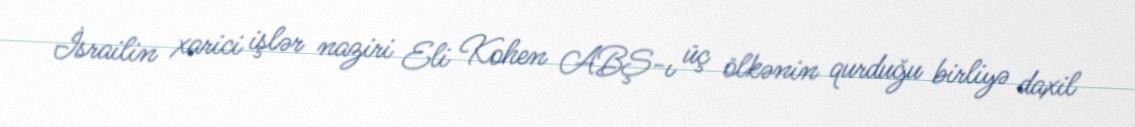
İsrailin xarici işlər naziri Eli Kohen ABŞ-ı üç ölkənin qurduğu birliyə daxil